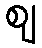
ဈ